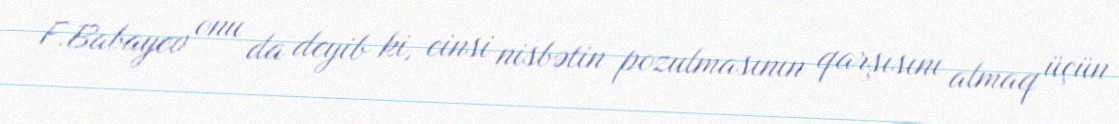
F.Babayev onu da deyib ki, cinsi nisbətin pozulmasının qarşısını almaq üçün